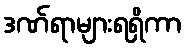
ဒဏ်ရာများရရှိကာ